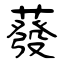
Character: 蕟